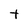
Character: t